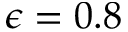
\epsilon = 0 . 8